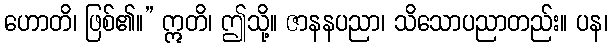
ဟောတိ၊ ဖြစ်၏။” ဣတိ၊ ဤသို့။ ဇာနနပညာ၊ သိသောပညာတည်း။ ပန၊